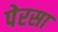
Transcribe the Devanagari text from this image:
पेरसा